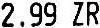
2.99 ZR